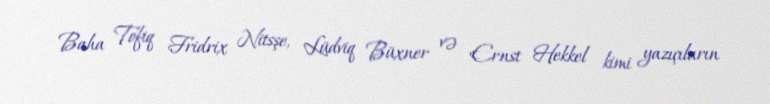
Baha Tofiq Fridrix Nitsşe, Lüdviq Büxner və Ernst Hekkel kimi yazıçıların